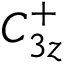
C _ { 3 z } ^ { + }